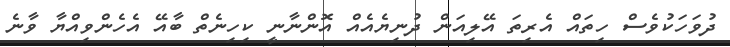
ދުވަހަކުވެސް ހިތައް އެރިތަ އޭލިއަން ދުނިޔެއެއް އޮންނާނީ ކިހިނެތް ބާއޭ އެހެންވިއްޔާ ވާނެ